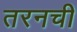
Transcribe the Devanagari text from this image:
तरनची